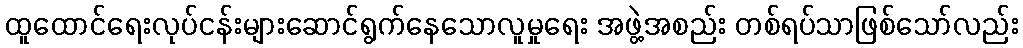
ထူထောင်ရေးလုပ်ငန်းများဆောင်ရွက်နေသောလူမှုရေး အဖွဲ့အစည်း တစ်ရပ်သာဖြစ်သော်လည်း